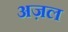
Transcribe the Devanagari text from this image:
अज़ल